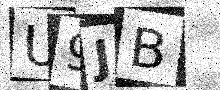
Text: U9JB